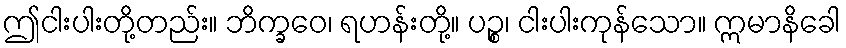
ဤငါးပါးတို့တည်း။ ဘိက္ခဝေ၊ ရဟန်းတို့။ ပဉ္စ၊ ငါးပါးကုန်သော။ ဣမာနိခေါ